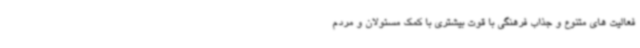
فعالیت های متنوع و جذاب فرهنگی با قوت بیشتری با کمک مسئولان و مردم